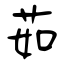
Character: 茹